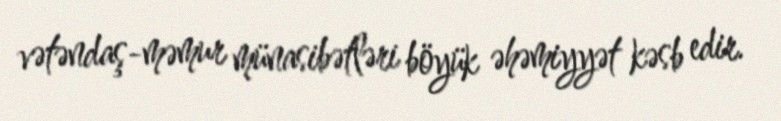
vətəndaş-məmur münasibətləri böyük əhəmiyyət kəsb edir.